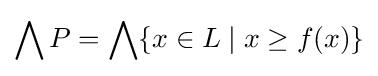
\bigwedge P=\bigwedge \{x\in L\mid x\geq f(x)\}